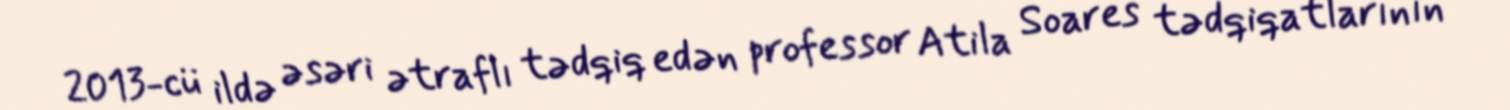
2013-cü ildə əsəri ətraflı tədqiq edən professor Atila Soares tədqiqatlarının